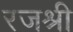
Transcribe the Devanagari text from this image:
रजश्री